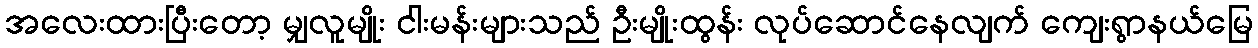
အလေးထားပြီးတော့ မျှလူမျိုး ငါးမန်းများသည် ဦးမျိုးထွန်း လုပ်ဆောင်နေလျက် ကျေးရွာနယ်မြေ